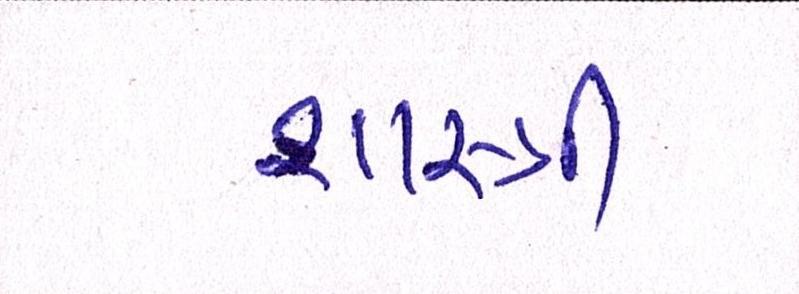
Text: શાસ્ત્રી